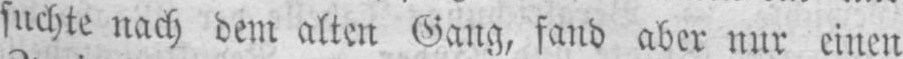
suchte nach dem alten Gang, fand aber nur einen